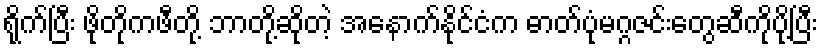
ရိုက်ပြီး ဖိုတိုကဖီတို့ ဘာတို့ဆိုတဲ့ အနောက်နိုင်ငံက ဓာတ်ပုံမဂ္ဂဇင်းတွေဆီကိုပို့ပြီး